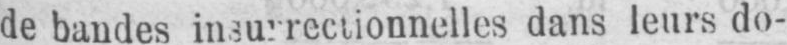
dans leurs do-